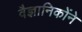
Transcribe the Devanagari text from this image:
वैज्ञानिकोंने